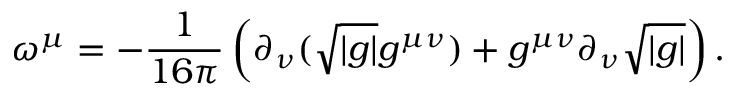
\omega ^ { \mu } = - { \frac { 1 } { 1 6 \pi } } \left( \partial _ { \nu } ( \sqrt { \vert g \vert } g ^ { \mu \nu } ) + g ^ { \mu \nu } \partial _ { \nu } \sqrt { \vert g \vert } \right) .